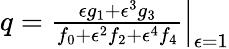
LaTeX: \begin{array}{r}{q=\frac{\epsilon g_{1}+\epsilon^{3}g_{3}}{f_{0}+\epsilon^{2}f_{2}+\epsilon^{4}f_{4}}\Big|_{\epsilon=1}}\end{array}